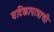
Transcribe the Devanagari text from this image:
घटिकापात्राची